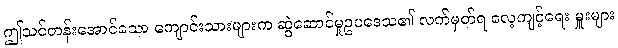
ဤသင်တန်းအောင်သော ကျောင်းသားများက ဆွဲဆောင်မှုဥပဒေသ၏ လက်မှတ်ရ လေ့ကျင့်ရေး မှူးများ